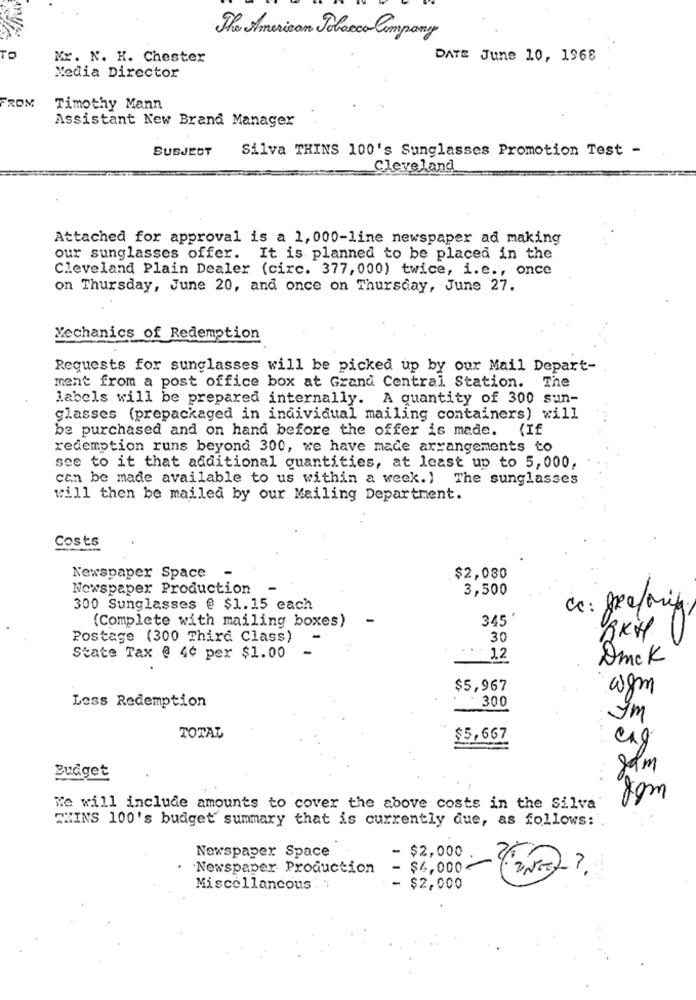
The American Tobacco Company
TO
Mr. N. K. Chester
DATE June 10, 1968
Media Director
FROM
Timothy Mann
Assistant New Brand Manager
SUBJECT
Silva THINS 100's Sunglasses Promotion Test -
Cleveland
Attached for approval is a 1, 000-line newspaper ad making
our sunglasses offer. It is planned to be placed in the
Cleveland Plain Dealer (circ. 377, 000) twice, i.e ., once
on Thursday, June 20, and once on Thursday, June 27.
Mechanics of Redemption
Requests for sunglasses will be picked up by our Mail Depart-
ment from a post office box at Grand Central Station. The
labels will be prepared internally. A quantity of 300 sun-
glasses (prepackaged in individual mailing containers) will
be purchased and on hand before the offer is made. {If
redemption runs beyond 300, we have made arrangements to
see to it that additional quantities, at least up to 5,000,
can be made available to us within a week.) The sunglasses
will then be mailed by our Mailing Department.
Costs
Newspaper Space
$2,080
Newspaper Production
3,500
300 Sunglasses @ $1.15 each
-
345
(Complete with mailing boxes)
Postage (300 Third Class)
30
RKH
State Tax @ 4¢ per $1.00
: 12
DmcK
$5,967
wgm
300
Less Redemption
ym
TOTAL
$5,667
eng
8am
Budget
8am
He will include amounts to cover the above costs in the Silva
"ZINS 100's budget summary that is currently due, as follows:
22
Newspaper Space
- $2,000
Newspaper Production
- $6,000-
Miscellaneous : 1
$2,000